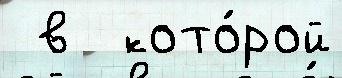
 в  кото́рой